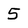
Character: 5